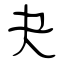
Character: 夬